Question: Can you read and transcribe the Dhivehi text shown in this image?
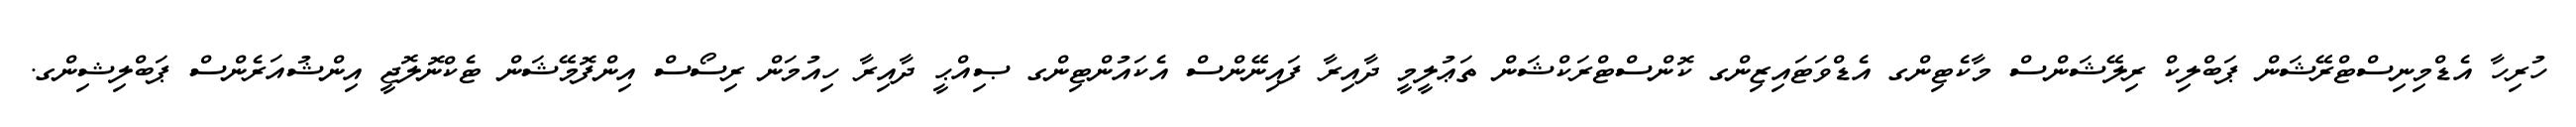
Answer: ހުރިހާ އެޑްމިނިސްޓްރޭޝަން ޕަބްލިކް ރިލޭޝަންސް މާކެޓިންގ އެޑްވަޓައިޒިންގ ކޮންސްޓްރަކްޝަން ތަޢުލީމީ ދާއިރާ ފައިނޭންސް އެކައުންޓިންގ ޞިއްޙީ ދާއިރާ ހިއުމަން ރިސޯސް އިންފޮމޭޝަން ޓެކްނޮލޮޖީ އިންޝުއަރެންސް ޕަބްލިޝިންގ.